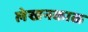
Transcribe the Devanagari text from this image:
लेखनकाळ